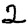
Digit: 2